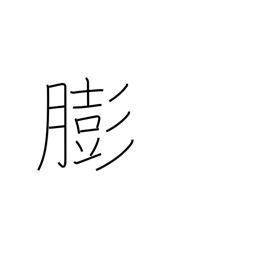
Meaning: get fat